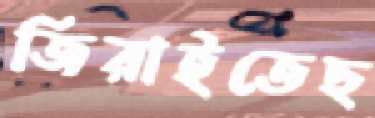
জিরাইতেছ